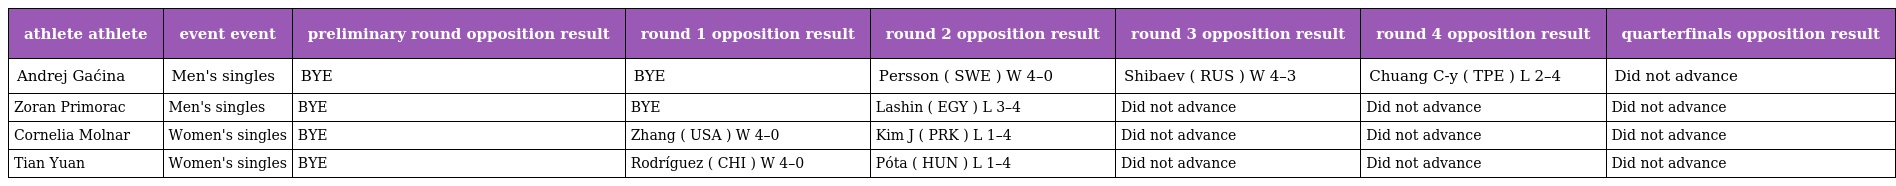
| athlete athlete | event event | preliminary round opposition result | round 1 opposition result | round 2 opposition result | round 3 opposition result | round 4 opposition result | quarterfinals opposition result |
 | --- | --- | --- | --- | --- | --- | --- | --- |
 | Andrej Gaćina | Men's singles | BYE | BYE | Persson ( SWE ) W 4–0 | Shibaev ( RUS ) W 4–3 | Chuang C-y ( TPE ) L 2–4 | Did not advance |
 | Zoran Primorac | Men's singles | BYE | BYE | Lashin ( EGY ) L 3–4 | Did not advance | Did not advance | Did not advance |
 | Cornelia Molnar | Women's singles | BYE | Zhang ( USA ) W 4–0 | Kim J ( PRK ) L 1–4 | Did not advance | Did not advance | Did not advance |
 | Tian Yuan | Women's singles | BYE | Rodríguez ( CHI ) W 4–0 | Póta ( HUN ) L 1–4 | Did not advance | Did not advance | Did not advance |